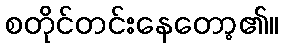
စတိုင်တင်းနေတော့၏။